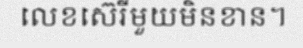
លេខស៊េរីមួយមិនខាន។